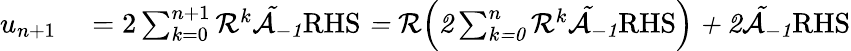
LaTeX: \begin{array}{rl}{u_{n+1}}&{{}=2\sum_{k=0}^{n+1}\cal R^{k}\tilde{\cal A}_{-1}\mathrm{RHS}=\cal R\Big(2\sum_{k=0}^{n}\cal R^{k}\tilde{\cal A}_{-1}\mathrm{RHS}\Big)+2\tilde{\cal A}_{-1}\mathrm{RHS}}\end{array}